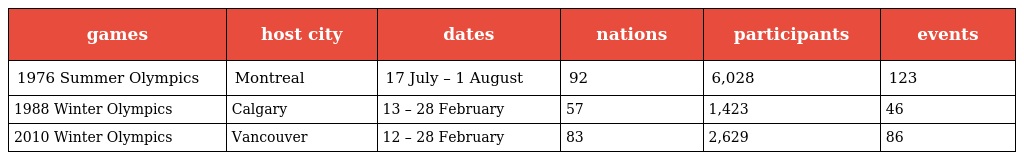
| games | host city | dates | nations | participants | events |
 | --- | --- | --- | --- | --- | --- |
 | 1976 Summer Olympics | Montreal | 17 July – 1 August | 92 | 6,028 | 123 |
 | 1988 Winter Olympics | Calgary | 13 – 28 February | 57 | 1,423 | 46 |
 | 2010 Winter Olympics | Vancouver | 12 – 28 February | 83 | 2,629 | 86 |